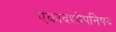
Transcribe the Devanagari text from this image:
एकादशोपनिषद